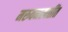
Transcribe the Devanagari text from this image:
मरुवनस्पतींत